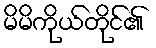
မိမိကိုယ်တိုင်၏